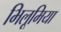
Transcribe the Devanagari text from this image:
भिलूमिया